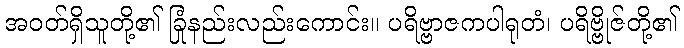
အဝတ်ရှိသူတို့၏ ခြုံနည်းလည်းကောင်း။ ပရိဗ္ဗာဇကပါရုတံ၊ ပရိဗ္ဗိုဇ်တို့၏